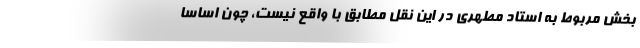
بخش مربوط به استاد مطهری در این نقل مطابق با واقع نیست، چون اساساً